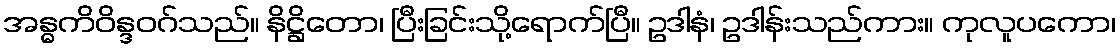
အန္ဓကိဝိန္ဒဝဂ်သည်။ နိဋ္ဌိတော၊ ပြီးခြင်းသို့ရောက်ပြီ။ ဥဒါနံ၊ ဥဒါန်းသည်ကား။ ကုလူပကော၊